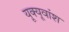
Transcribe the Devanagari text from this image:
यूक्यूवांश